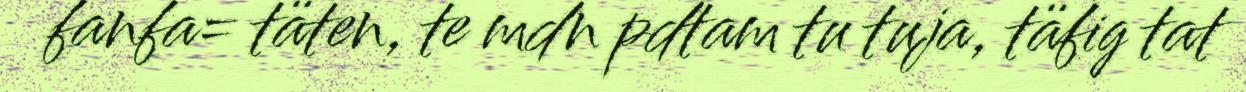
fanfa= täten, te mdn pdtam tu tuja, täfig tat